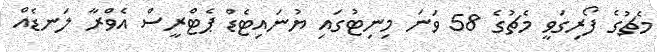
މެޗުގެ ފޯރިގަވީ މެޗުގެ 58 ވަނަ މިނިޓުގައި ޔުނައިޓެޑް ޕެޓްރީސް އެވްރާ ލަނޑެއް